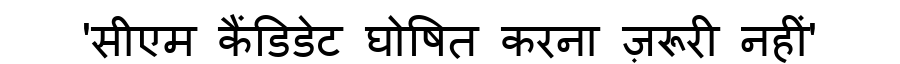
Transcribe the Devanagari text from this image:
'सीएम कैंडिडेट घोषित करना ज़रूरी नहीं'